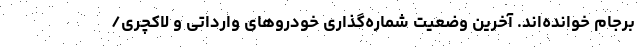
برجام خوانده‌اند. آخرین وضعیت شماره‌گذاری خودروهای وارداتی و لاکچری‌/